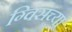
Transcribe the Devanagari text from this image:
ग्विसच्या